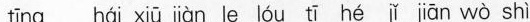
tīng hái xiū jiàn le lóu tī hé jǐ jiān wò shì